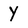
Character: Y